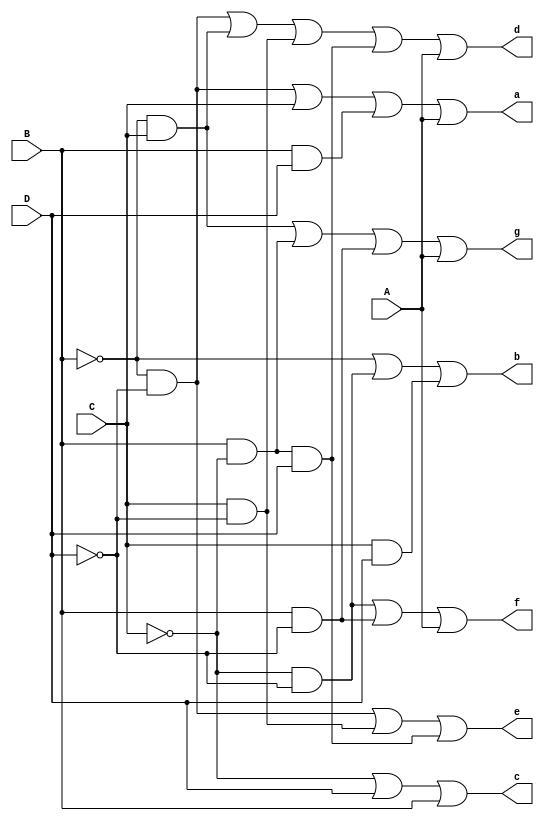
/* Prtica "Decodificador"
Aluno: Alexandre Roque Silva de Paula
Professora: Mara Coelho
Disciplina: Sistemas Digitais |*/

module decodificador_case(A,B,C,D, a,b,c,d,e,f,g);

	input A,B,C,D;
	output a,b,c,d,e,f,g;

	assign a = (~B & ~D) | (C) | (B & D) | (A);
	assign b = (~B) | (~C & ~D) | (C & D);
	assign c = (~C) | (D) | (B);
	assign d = (~B & ~D) | (~B & C) | (C & ~D) | (B & ~C & D) | (A);
	assign e = (~B & ~D) | (C & ~D) | (B & ~C & D);
	assign f = (~C & ~D) | (B & ~D) | (A);
	assign g = (~B & C) | (B & ~C) | (B & ~D) | (A);
	
	wire[6:0] S;
	assign S = {a,b,c,d,e,f,g};

endmodule